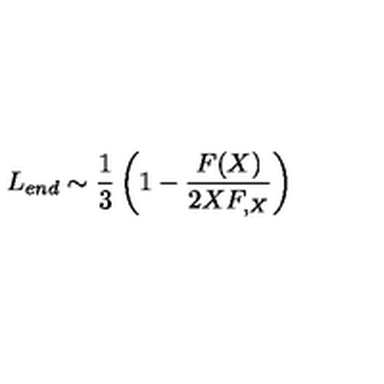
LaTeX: L _ { e n d } \sim \frac { 1 } { 3 } \left( 1 - \frac { F ( X ) } { 2 X F _ { , X } } \right)